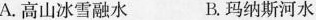
A.高山冰雪融水 B.玛纳斯河水